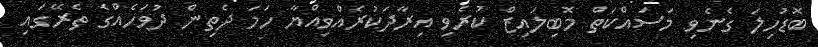
ބޮޑުހިލަ ގެނެވި މަސައްކަތް މޮބިލައިޒް ކުރެވި އިރާދަކުރެއްވިއްޔާ ހަމަ ދެތިން ދުވަހެއްގެ ތެރޭގައި